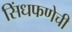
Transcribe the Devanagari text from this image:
सिंधफणेची